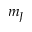
m _ { J }